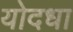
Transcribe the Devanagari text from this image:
योदधा